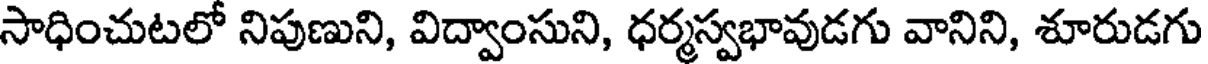
సాధించుటలో నిపుణుని, విద్వాంసుని, ధర్మస్వభావుడగు వానిని, శూరుడగు